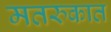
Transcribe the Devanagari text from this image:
मतरुकात